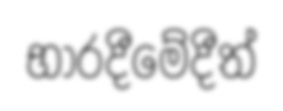
භාරදීමේදීත්